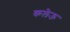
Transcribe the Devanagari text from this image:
कलेऊ